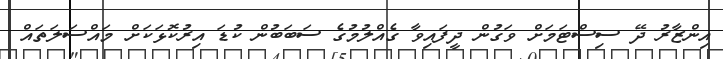
އިންޒާރު ދޭ ސިސްޓަމަށް ވަގުން ދީފައިވާ ގެއްލުމުގެ ސަބަބުން ކުޑަ އިރުކޮޅަކަށް މައްސަލަތައް